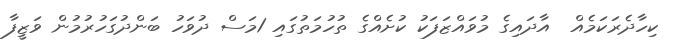
ކިހާދެރަކަމެއް  އާދައިގެ މުވައްޒަފަކު ކުށެއްގެ ތުހުމަތުގައި 1މަސް ދުވަހު ބަންދުގަހުރުމުން ވަޒީފާ